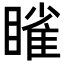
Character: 𬑥